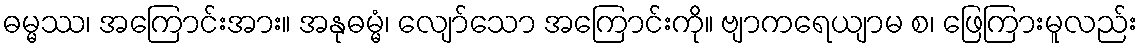
ဓမ္မဿ၊ အကြောင်းအား။ အနုဓမ္မံ၊ လျော်သော အကြောင်းကို။ ဗျာကရေယျာမ စ၊ ဖြေကြားမူလည်း